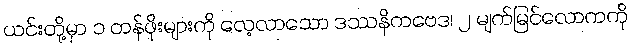
ယင်းတို့မှာ ၁ တန်ဖိုးများကို လေ့လာသော ဒဿနိကဗေဒ၊ ၂ မျက်မြင်လောကကို